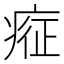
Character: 𱱗